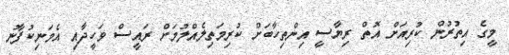
މީގެ އިތުރުން ކުރިއަށް އޮތް ރިޔާސީ އިންތިހާބަށް ކުރިމަތިލެއްލުމަށް ރައީސް ވަހީދާއި އެމަނިކުފާނު